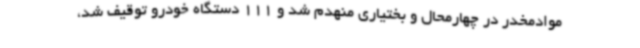
موادمخدر در چهارمحال و بختیاری منهدم شد و 111 دستگاه خودرو توقیف شد،